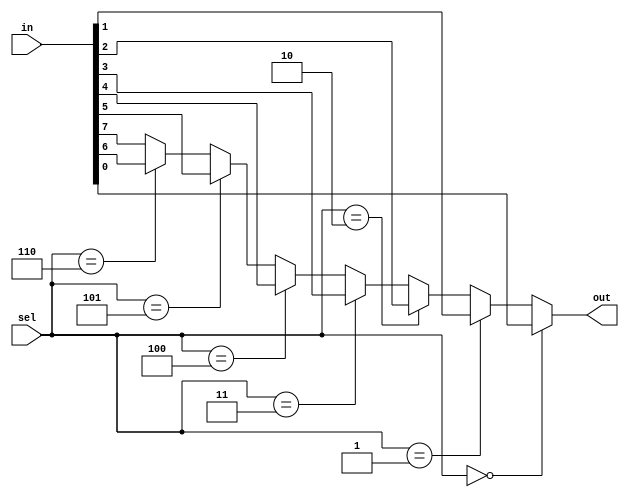
// 8-to-1 multiplexer using verilog
module mux_8to1(
    input wire [7:0] in, // Input lines
    input wire [2:0] sel, // Select lines
    output wire out // Output line
);

// Mux logic
assign out = (sel == 3'b000) ? in[0] :
             (sel == 3'b001) ? in[1] :
             (sel == 3'b010) ? in[2] :
             (sel == 3'b011) ? in[3] :
             (sel == 3'b100) ? in[4] :
             (sel == 3'b101) ? in[5] :
             (sel == 3'b110) ? in[6] :
                               in[7];

endmodule